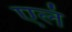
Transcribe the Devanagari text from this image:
एलं